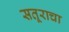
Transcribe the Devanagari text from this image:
सतूराचा